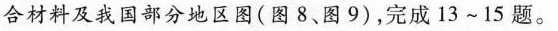
合材料及我国部分地区图(图8、图9)，完成13~15题。